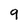
Character: q